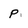
Character: p